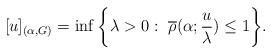
LaTeX: \begin{align*} [u]_{(\alpha,G)}=\inf\bigg{\{}\lambda>0:\ \overline{\rho}(\alpha;\frac{u}{\lambda})\leq 1\bigg{\}}. \end{align*}